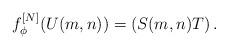
LaTeX: \begin{align*}f_\phi^{[N]}(U(m,n))=\left(S(m, n) T\right).\end{align*}